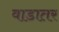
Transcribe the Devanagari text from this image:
वाडातर